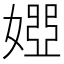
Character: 𡟳